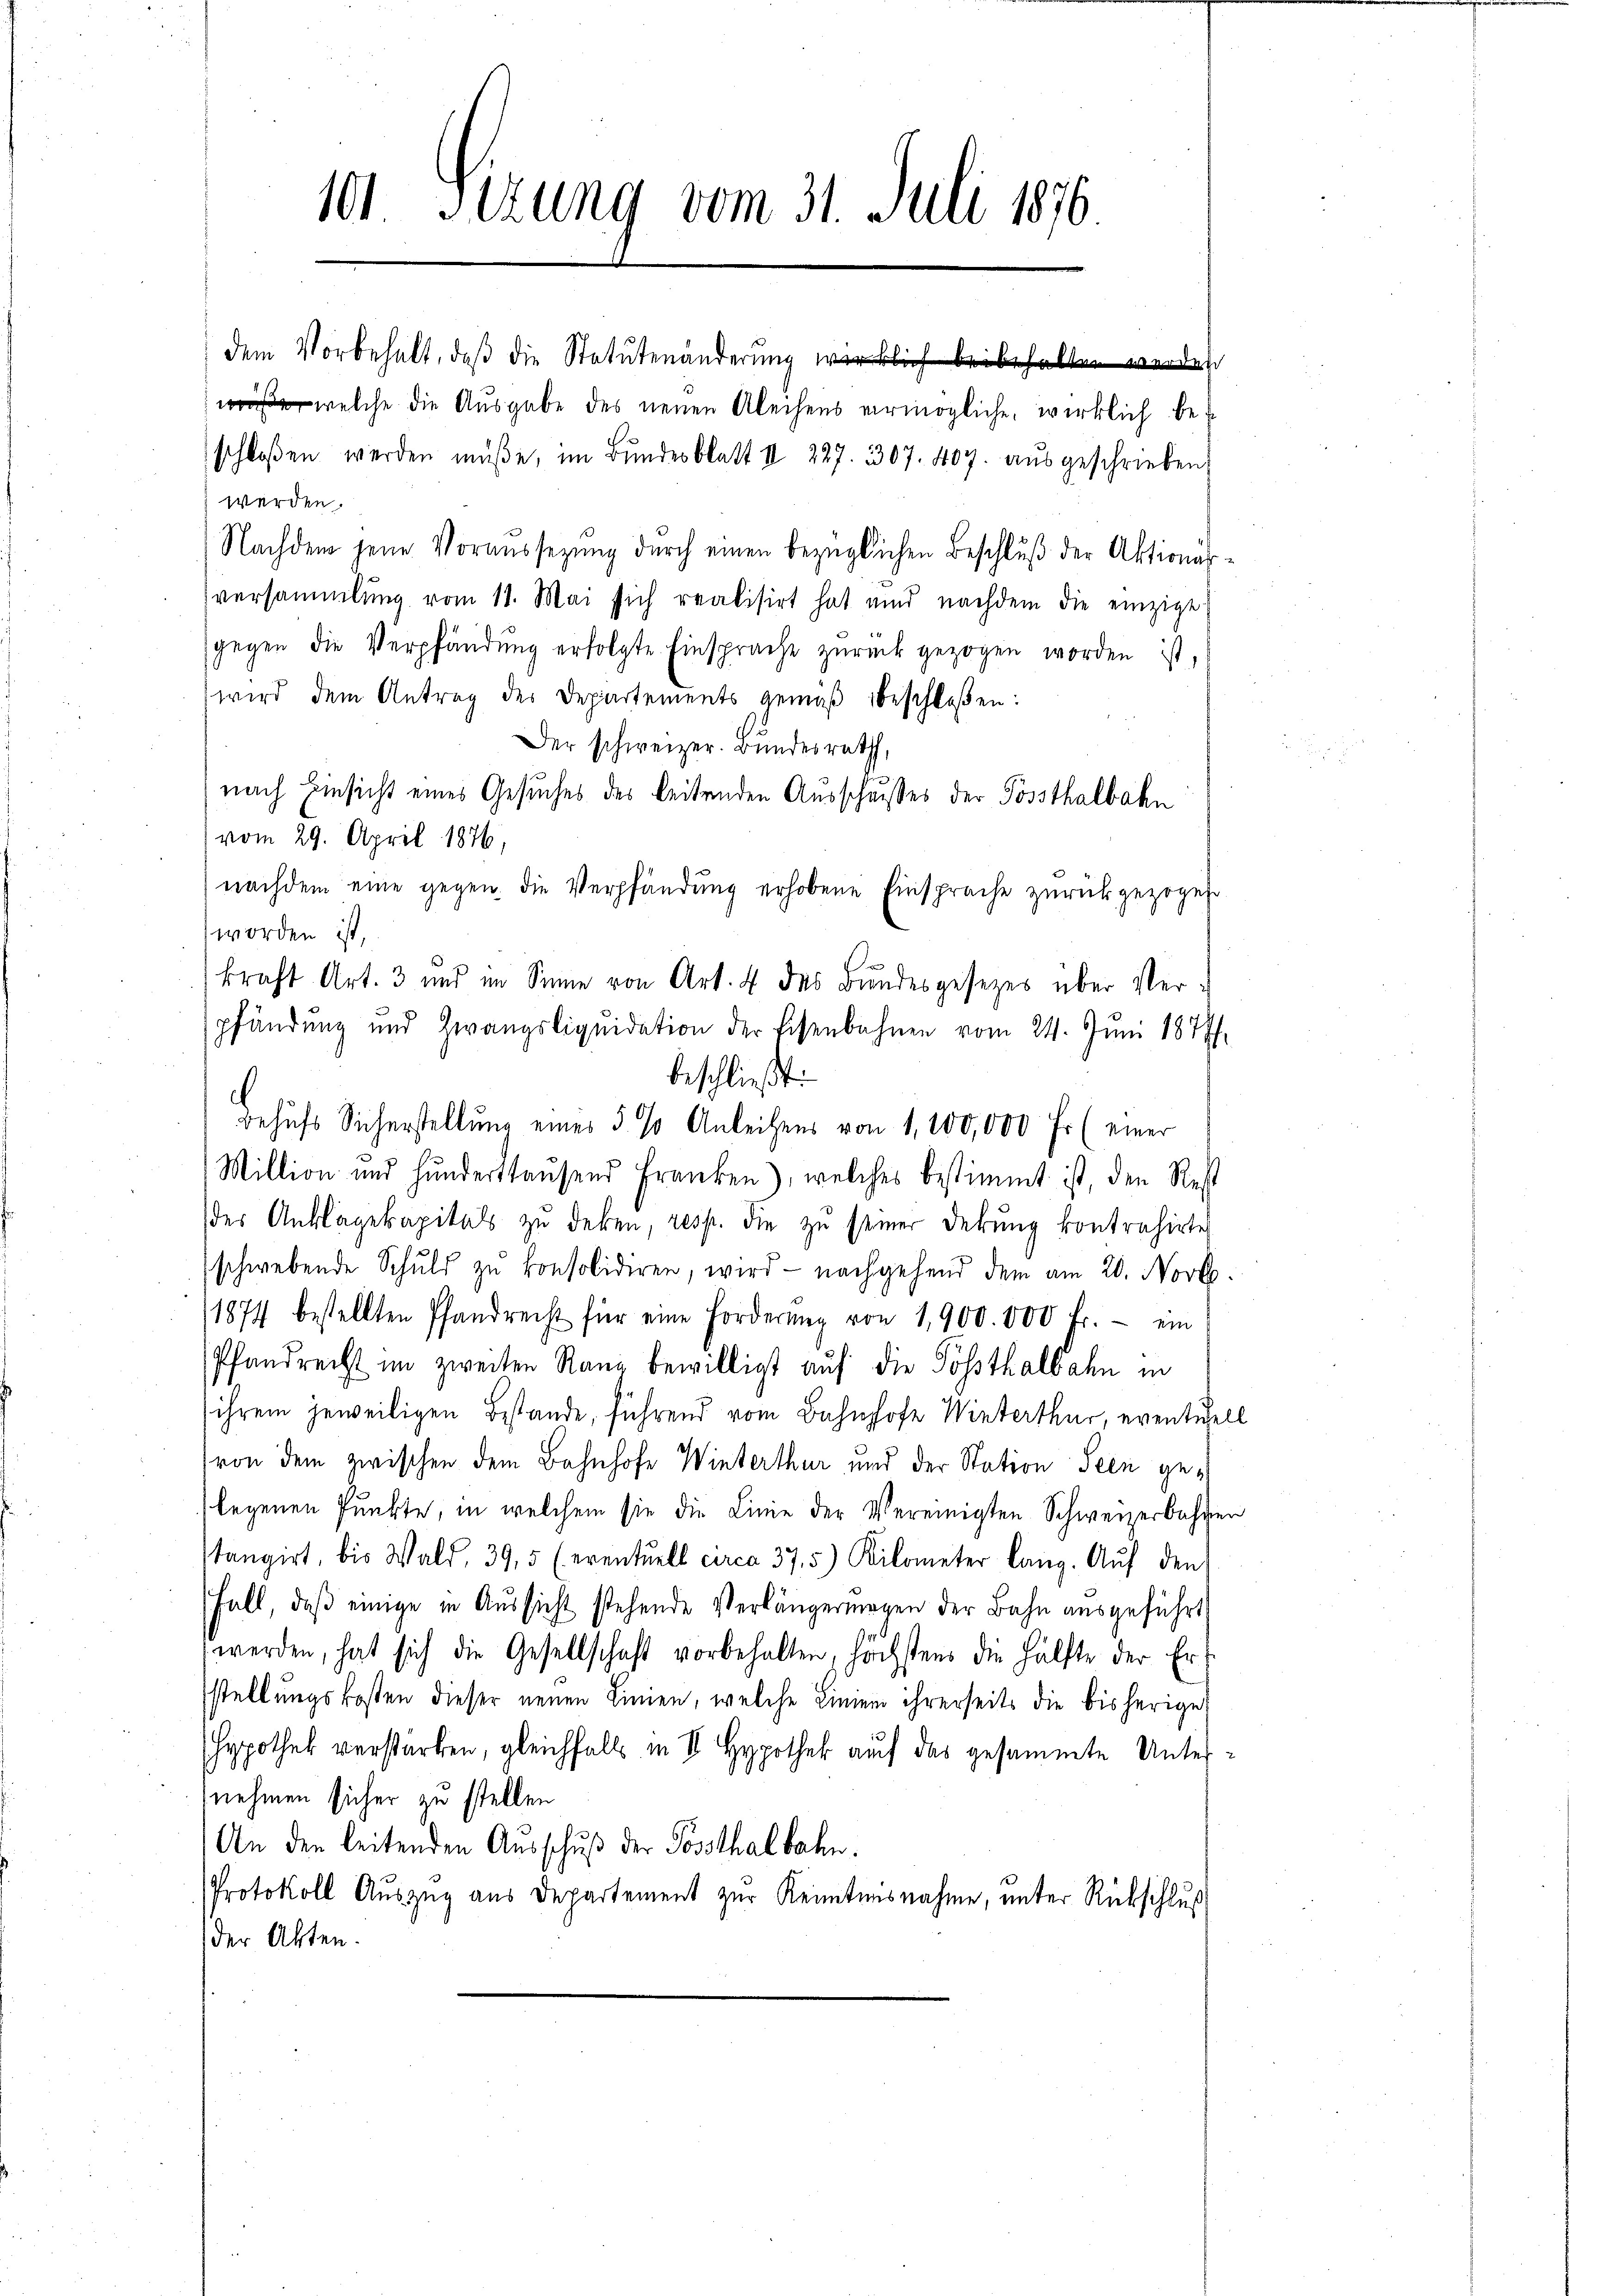
101 Sizung vom 31. Juli 1876
dem Vorbehalt, daß die Statutenänderung wirklich beibehalten werden

welche die Ausgabe des neuen Aleihens vermögliche, wirklich bewerden.
Nachdem jene Voraussezung durch einen bezüglichen Beschluß der Aktionärversammlung vom 11. Mai sich realisirt hat und nachdem die einzige
gegen die Verpfändŭng erfolgte Einsprache zŭrückgezogen worden ist,
wird dem Antrag des Departements gemäß beschloßen:
Der schweizer. Bundesrath,
nach Einsicht eines Gesuches des leitenden Ausschusses der Possthalbahn
vom 29. April 1876,
nachdem eine gegen die Verpfändung erhobene Einsprache zurückgezogene
worden ist,
beschließt:
c
Behufs Sicherstellung eines 5 % Anleihens von 1,200,000 Fr (einer
Million und Hunderthausend Franken), welches bestimmt ist, den Rest
des Anklagekapitals zŭ deken, resp. die zŭ seiner Dekŭng kontrahirte
schwebende Schuld zŭ konsolidiren, wird nachgehend dem am 20. Novb.
(1874 bestellten Pfandrecht für eine Forderŭng von 1,900.000 Fr. ein
Pfandrecht im zweiten Rand bewilligt auf die Posthalbahn in
ihrem jeweiligen Bestande, führend vom Bahnhofe Winterthur, eventuell
(von dem zwischen dem Bahnhofe Winterthur und der Station Seen gelegenen Punkte, in welchem sie die Linie der Vereinigten Schweizerbahren
stangirt, bis Wald, 39, 5 (eventuell circa 375) Kilometer lang. Auf den
Fall, daβ einige in Aŭssicht stehende Verlängermagen der Bahn ausgeführt
werden, hat sich die Gesellschaft vorbehalten, höchstens die Hälfte der Er-
stellungskosten dieser neuen Linien, welche Linien ihrerseits die bisherige
Hypothek verstärken, gleichfalls in II Hypothek auf das gesammte Unternehmen sicher zu stellen.
An den leitenden Ausschuß der Possthalbahn.
Protokoll Auszug aus Departement zur Kenntnisnahme, unter Rückschluß
der Akten.

schloßen werden müße, im Bŭndesblatt II 227. 307. 407. aŭsgeschrieben,

kraft Art. 3 und im Sinne von Art. 4 das Bundesgesetzes über Ver¬

pfändung und Zwangsliqŭidation der Eisenbahnen vom 24. Juni 1877.